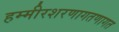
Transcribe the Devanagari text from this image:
हम्मीरशरणागतणागत